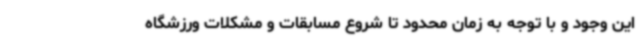
این وجود و با توجه به زمان محدود تا شروع مسابقات و مشکلات ورزشگاه